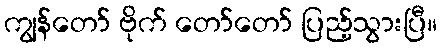
ကျွန်တော် ဗိုက် တော်တော် ပြည့်သွားပြီ။